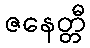
ဇနေတ္တီ